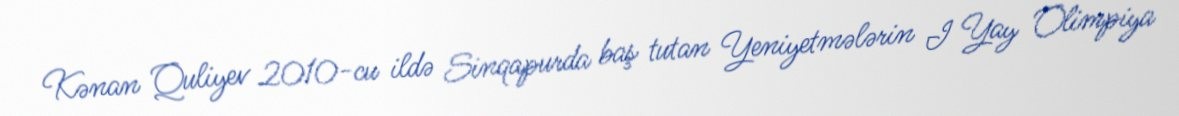
Kənan Quliyev 2010-cu ildə Sinqapurda baş tutan Yeniyetmələrin I Yay Olimpiya